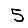
Digit: 5